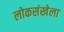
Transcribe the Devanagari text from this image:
लोकसंखेला